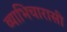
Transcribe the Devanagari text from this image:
व्याभिचारासी